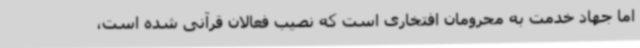
اما جهاد خدمت به محرومان افتخاری است که نصیب فعالان قرآنی شده است،